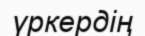
үркердің